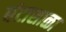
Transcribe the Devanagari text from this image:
घंटाशाळा